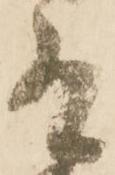
有